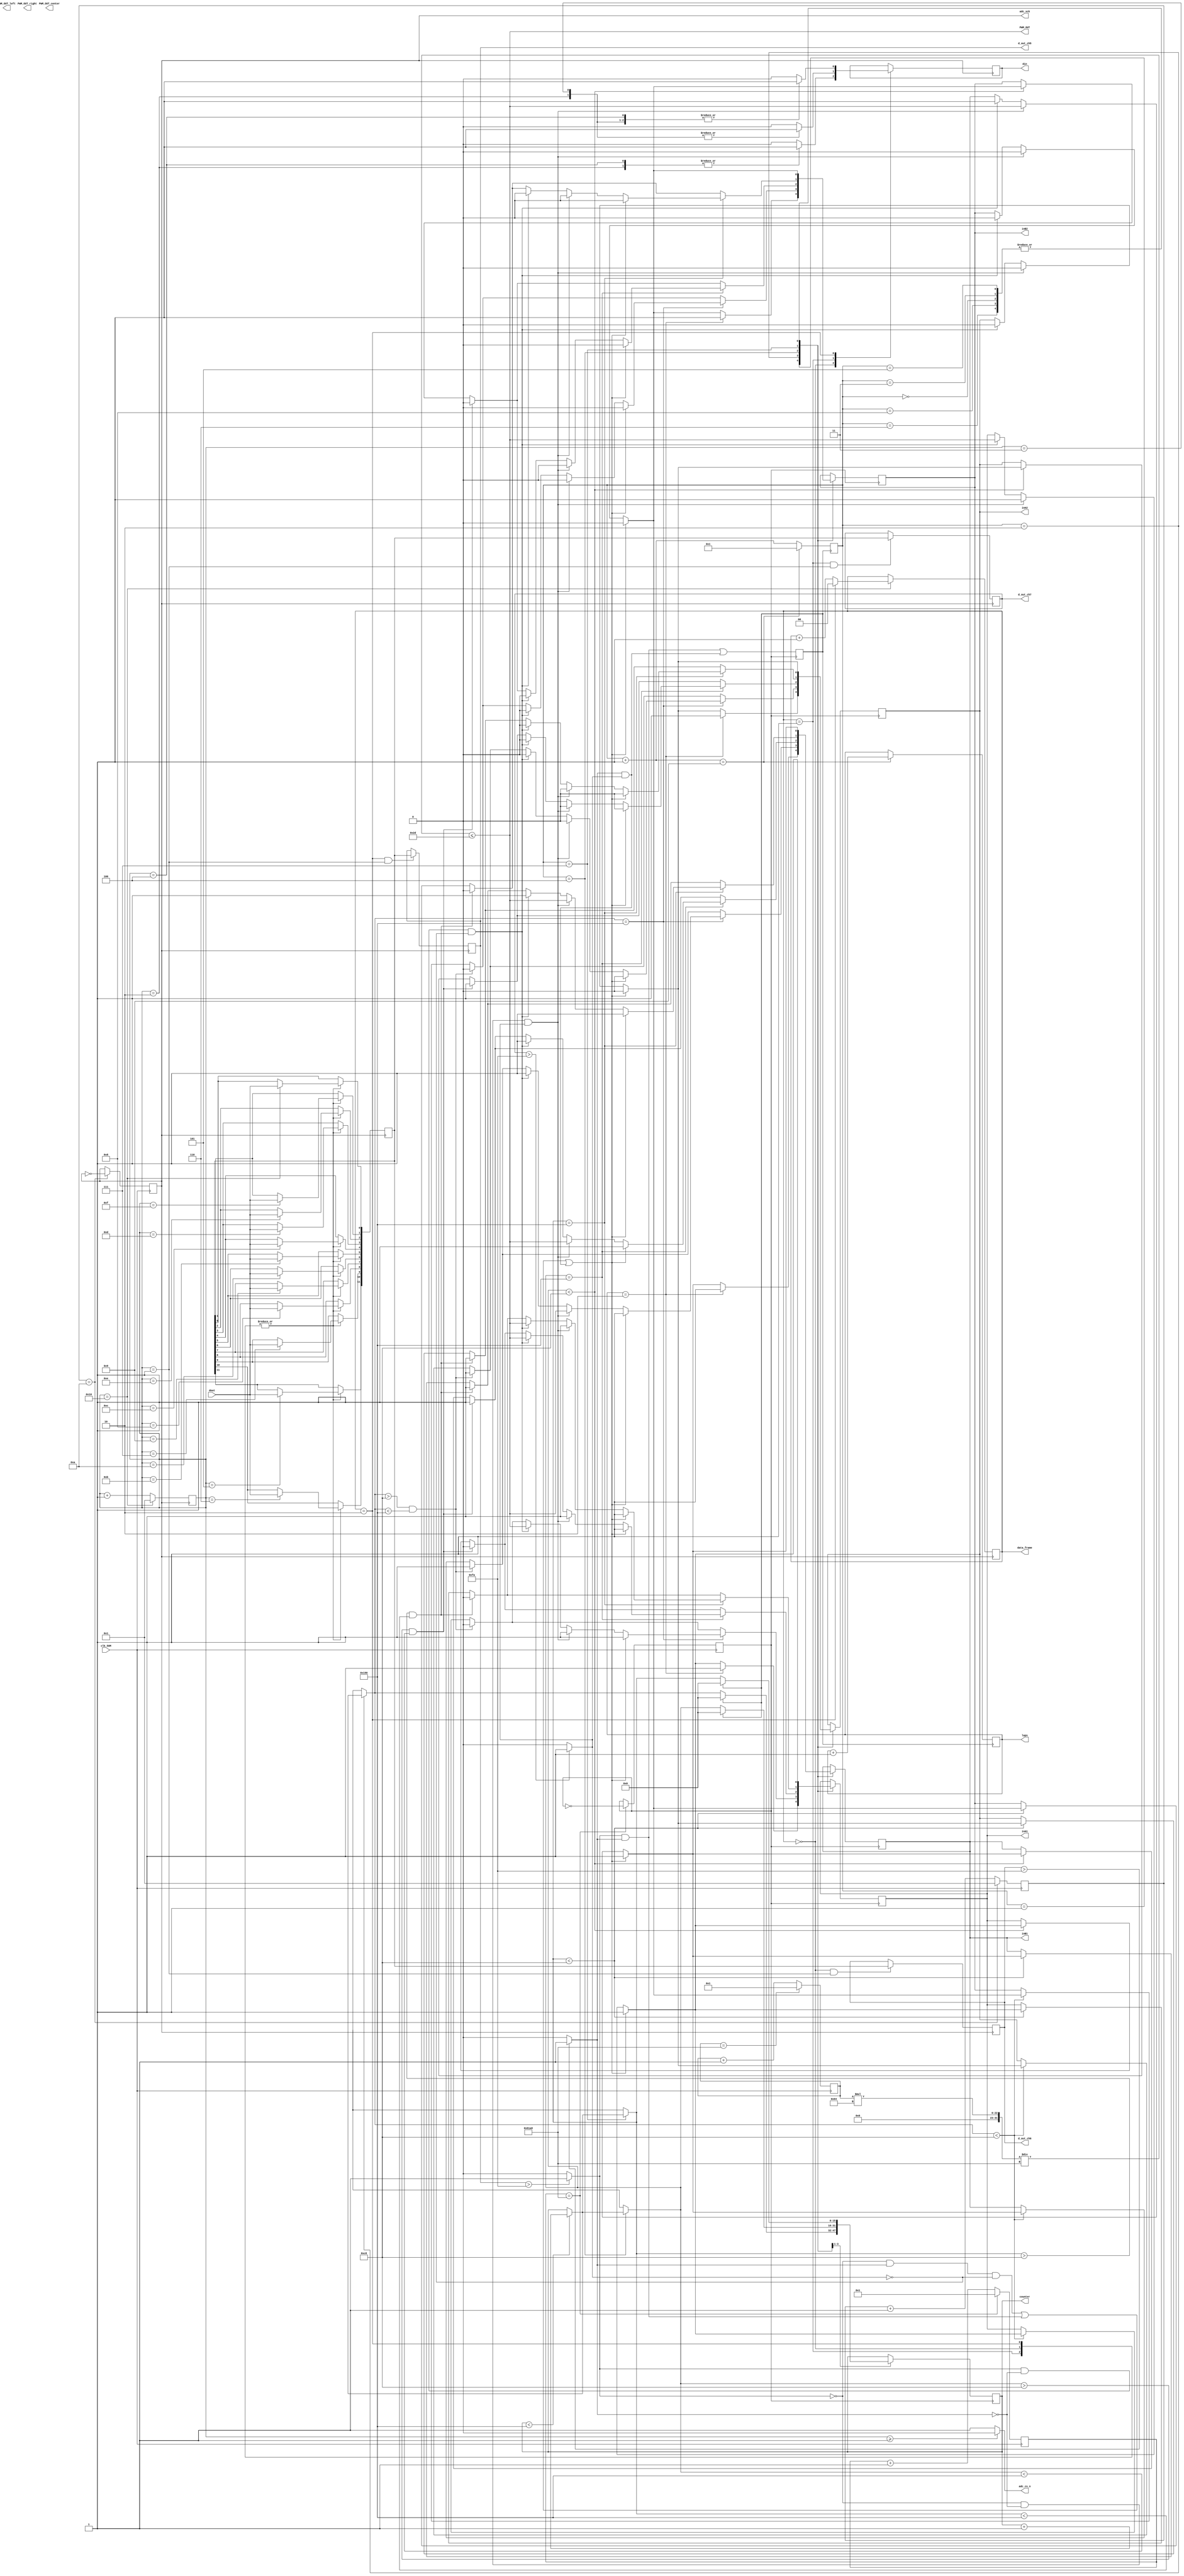
module SM2300_Task4_adc_control(input  clk_50M,				//50 MHz clock
	input  dout,				//digital output from ADC128S022 (serial 12-bit)q
	output adc_cs_n,			//ADC128S022 Chip Select
	output din,					//Ch. address input to ADC128S022 (serial)
	output adc_sck,			//2.5 MHz ADC clock
	output [11:0]d_out_ch5,	//12-bit output of ch. 5 (parallel)
	output [11:0]d_out_ch6,	//12-bit output of ch. 6 (parallel)
	output [11:0]d_out_ch7,	//12-bit output of ch. 7 (parallel)
	output [1:0]data_frame,
	output PWM_OUT,
	output PWM_OUT_left,
	output PWM_OUT_center,
	output PWM_OUT_right,
	output reg [15:0]counter,
	output reg  [1:0] laps,
 output reg inA1, inB1, inA2, inB2
	 //To represent 16-cycle frame (optional)
);
	

////////////////////////WRITE YOUR CODE FROM HERE////////////////////////////////////////////////////////////

reg PWM_OUT_1;
reg [6:0] count =0;
reg [11:0] data_temp = 0;
reg [6:0] count_cycle=0;
reg [1:0]data_frame_temp=0;
reg [11:0] data_temp_temp1 = 0;
reg [11:0] data_temp_temp2 = 0;
reg [11:0] data_temp_temp3 = 0;
reg adc_clock=0;



reg temp_din=0;
integer pwm_temp=0;
always@(negedge clk_50M)
begin

if(count==10)   // (50 / 2.5) = 20 // frequency divider
  begin
    adc_clock = ~adc_clock;
    count=1;
  
  end
else
  begin
    count=count+1;
  
  end
  
end

assign adc_sck= adc_clock;
assign adc_cs_n=(count_cycle>=1)?0:1;







always@(negedge adc_sck)
begin

if(count_cycle==16)
	begin
		if(data_frame_temp==2) data_frame_temp=0;
		
	   else data_frame_temp = data_frame_temp +1;
		
		count_cycle=1;
		
	end
else
  begin
	count_cycle=count_cycle+1;
	
  end
  
end

assign data_frame = data_frame_temp;



always@(negedge adc_sck)
begin


	case (data_frame_temp)
	0 : begin case(count_cycle)
		2: temp_din<=1;
		3: temp_din<=0;
		4: temp_din<=1;
		
		default : temp_din <=0;
		endcase
		end
	1 : begin case(count_cycle)
		2: temp_din<=1;
		3: temp_din<=1;
		4: temp_din<=0;

		default : temp_din <=0;
		endcase
		end
	2 : begin case(count_cycle)
		2: temp_din<=1;
		3: temp_din<=1;
		4: temp_din<=1;

		default : temp_din <=0;
		endcase
		end
	
	
	endcase
end




assign din=temp_din;



always @(negedge adc_sck)
begin
case (data_frame_temp)
0 : begin case(count_cycle)
   5  : data_temp[11] <= dout;
   6  : data_temp[10] <= dout;
   7  : data_temp[9] <= dout;
   8  : data_temp[8] <= dout;
   9 : data_temp[7] <= dout;
   10 : data_temp[6] <= dout;
   11 : data_temp[5] <= dout;
   12 : data_temp[4] <= dout;
   13 : data_temp[3] <= dout;
   14 : data_temp[2] <= dout;
   15 : data_temp[1] <= dout;
   16: data_temp[0] <= dout;
	
	endcase
	end
1 : begin case(count_cycle)
    5  : data_temp[11] <= dout;
   6  : data_temp[10] <= dout;
   7  : data_temp[9] <= dout;
   8  : data_temp[8] <= dout;
   9 : data_temp[7] <= dout;
   10 : data_temp[6] <= dout;
   11 : data_temp[5] <= dout;
   12 : data_temp[4] <= dout;
   13 : data_temp[3] <= dout;
   14 : data_temp[2] <= dout;
   15 : data_temp[1] <= dout;
   16: data_temp[0] <= dout;
	endcase
	end
2 : begin case(count_cycle)
   5  : data_temp[11] <= dout;
   6  : data_temp[10] <= dout;
   7  : data_temp[9] <= dout;
   8  : data_temp[8] <= dout;
   9 : data_temp[7] <= dout;
   10 : data_temp[6] <= dout;
   11 : data_temp[5] <= dout;
   12 : data_temp[4] <= dout;
   13 : data_temp[3] <= dout;
   14 : data_temp[2] <= dout;
   15 : data_temp[1] <= dout;
   16: data_temp[0] <= dout;
	endcase
	end	
	

	
endcase

if(data_frame_temp==2&& count_cycle==1) data_temp_temp1<=data_temp;

if(data_frame_temp==0&& count_cycle==1) data_temp_temp2<=data_temp;

if(data_frame_temp==1&& count_cycle==1) data_temp_temp3<=data_temp;	


end

assign d_out_ch5 =  data_temp_temp1;
assign d_out_ch6 =  data_temp_temp2;
assign d_out_ch7 =  data_temp_temp3;




///////////////////////////////////////////////////////////////////////////////////////////////////////////

reg [15:0] count_duty =0;
reg [10:0] DUTY_CYCLE=45;
reg clock_1khz=0;

always@(posedge clk_50M)
begin

if(count_duty==25000)
	begin
		count_duty=1;
		
	
	end
else
	begin
		count_duty=count_duty+1;
	
	end



end

assign PWM_OUT= (count_duty*100/25000 <= DUTY_CYCLE);


///////////////////////////////////////////////////////////////////////////////////////////////////////////

parameter [10:0]pwm_p=250;
wire left_ch, right_ch, centre_ch;

assign left_ch=(d_out_ch5>pwm_p)?1:0;
assign right_ch=(d_out_ch7>pwm_p)?1:0;
assign centre_ch=(d_out_ch6>pwm_p)?1:0;



reg [23:0]count_1khz =0;

always @(posedge clk_50M)
begin 
if(count_1khz == 25000) begin 
  clock_1khz = ~clock_1khz;
  count_1khz = 1; end
else 
  count_1khz = count_1khz +1;  // 50 000000/1000
end





reg node_detection=0;

always@(posedge clock_1khz)
begin
 node_detection = (( left_ch==1 &&centre_ch==1 )||( centre_ch==1 && right_ch==1));
 
end






reg [4:0] node=0;
reg value=0;

always@(posedge clock_1khz)
begin
if(node==1)value=1;
else value=0;

end


reg d_value =0;
wire value_edge;
always @(posedge clock_1khz)
	begin 
	d_value<= value; 
	end
	
assign value_edge = value & (~d_value);






always @(posedge node_detection )
 begin
   node = node +1;
	if(node==9)begin
				node=1;
				laps=laps+1;
				
				
				end
 end


 
 
task black_line_following();


	if((left_ch==1 && centre_ch==0 && right_ch==0)) 
		begin
		//left bot

		inA1 = PWM_OUT;
		inA2 =low;

		inB1 = high; 
		inB2 = low; 
		end

	if((left_ch==0 && centre_ch==0 && right_ch==1) )
		begin
		//right bot
		inA1 = high;
		inA2 =low;

		inB1 = PWM_OUT; 
		inB2 = low; 

		end

	if(( left_ch==0 &&centre_ch==1 && right_ch==0 )||( left_ch==1 &&centre_ch==1 )||( centre_ch==1 && right_ch==1))
		begin

		//straight bot 
		inA1 = high;
		inA2 =low;

		inB1 = high; 
		inB2 = low; 
		


		end
	
endtask




task rotate_left();

//left
inA1 = low;
inA2 =high;

inB1 = high; 
inB2 = low; 

endtask

task stop_bot();
inA1 = high;
inA2 =high;

inB1 = high; 
inB2 = high;

endtask



parameter [15:0]delay_value=400;


task node_rotation();
		
		
		if(counter<delay_value) counter=counter+1;
		if(counter==delay_value) counter=counter;
		
		if((counter <delay_value/2)) black_line_following();
		if((counter>delay_value/2)&&(counter<delay_value)) rotate_left();
		if(counter==delay_value) black_line_following();
		if(node_detection==1)counter=0;
		
		
endtask






//




always @(posedge  clock_1khz)
begin
case(node)
   0: black_line_following();
	1: begin black_line_following();
		if(laps==2)stop_bot();
		end
	
	
	2: begin
		
		node_rotation();
		end
		
		
	3: black_line_following();
		
	4:	begin
		
		node_rotation();
		end
		
	5: black_line_following();
	
	6: black_line_following();
	
	7:	begin
		
		node_rotation();
		end
		
	8: black_line_following();
	
	
	
	
endcase
end


reg high = 1;
reg low =0;


//////////////////////////YOUR CODE ENDS HERE///////////////////////////////////////////////////////////////
endmodule